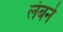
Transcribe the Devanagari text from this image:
लंबने